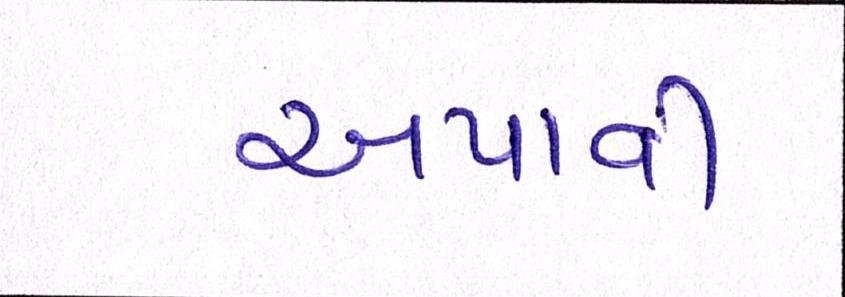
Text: અપાવી